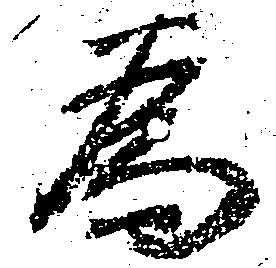
為